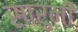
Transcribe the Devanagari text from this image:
सारुनी